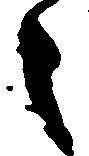
々